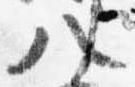
八